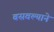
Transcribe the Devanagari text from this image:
बसवल्याने